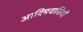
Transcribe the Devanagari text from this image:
आदिमवासियों